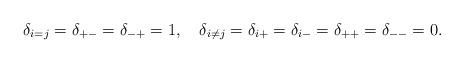
LaTeX: \begin{align*}\delta_{i=j}=\delta_{+-}=\delta_{-+}=1,\quad \delta_{i\neq j}=\delta_{i+}=\delta_{i-}=\delta_{++}=\delta_{--}=0.\end{align*}